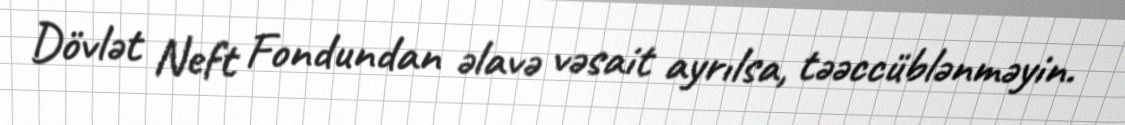
Dövlət Neft Fondundan əlavə vəsait ayrılsa, təəccüblənməyin.